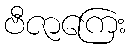
ဗီဇာကြေး